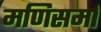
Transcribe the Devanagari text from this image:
मणिसर्मा